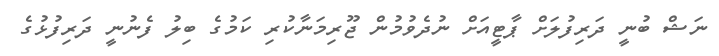
ނަޝް ބުނީ ދަރިފުލަށް ޕާޓީއަށް ނުދެވުމުން ޖޫރިމަނާކުރި ކަމުގެ ބިލު ފެނުނީ ދަރިފުޅުގެ